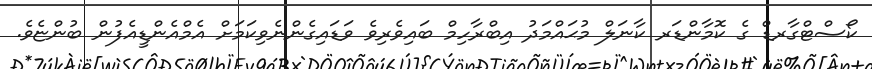
ކޯސްޓްގާރޑް ގެ ކޮމާންޑަރ ކާނަލް މުޙައްމަދު އިބްރާހިމް ބައިވެރިވެ ވަޑައިގެންނެވިކަމަށް އެމްއެންޑީއެފުން ބުންޏެވެ.